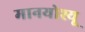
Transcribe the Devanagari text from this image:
मानयोश्यू